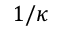
1 / \kappa